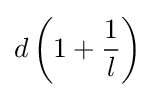
d\left(1+{\frac {1}{l}}\right)